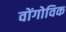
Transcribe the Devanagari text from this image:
वोंगोविक